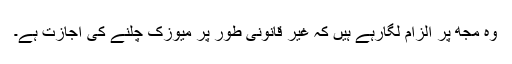
وہ مجھ پر الزام لگارہے ہیں کہ غیر قانونی طور پر میوزک چلنے کی اجازت ہے۔